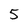
Character: 5